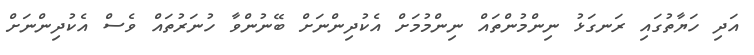
އަދި ހަޔާތުގައި ރަނގަޅު ނިންމުންތައް ނިންމުމަށް އެކުދިންނަށް ބޭނުންވާ ހުނަރުތައް ވެސް އެކުދިންނަށް